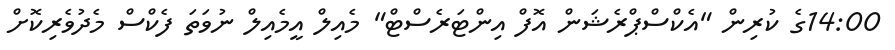
14:00ގެ ކުރިން "އެކްސްޕްރެޝަން އޮފް އިންޓަރެސްޓް" މެއިލް އީމެއިލް ނުވަތަ ފެކްސް މެދުވެރިކޮށް